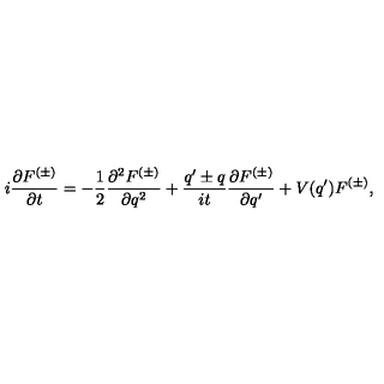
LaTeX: i \frac { \partial F ^ { ( \pm ) } } { \partial t } = - \frac { 1 } { 2 } \frac { \partial ^ { 2 } F ^ { ( \pm ) } } { \partial q ^ { 2 } } + \frac { q ^ { \prime } \pm q } { i t } \frac { \partial F ^ { ( \pm ) } } { \partial q ^ { \prime } } + V ( q ^ { \prime } ) F ^ { ( \pm ) } ,